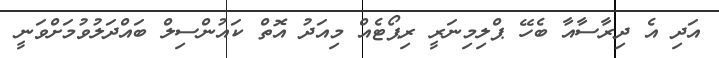
އަދި އެ ދިރާސާއާ ބެހޭ ޕްލިމިނަރީ ރިޕޯޓެއް މިއަދު އޮތް ކައުންސިލް ބައްދަލުވުމަށްވަނީ